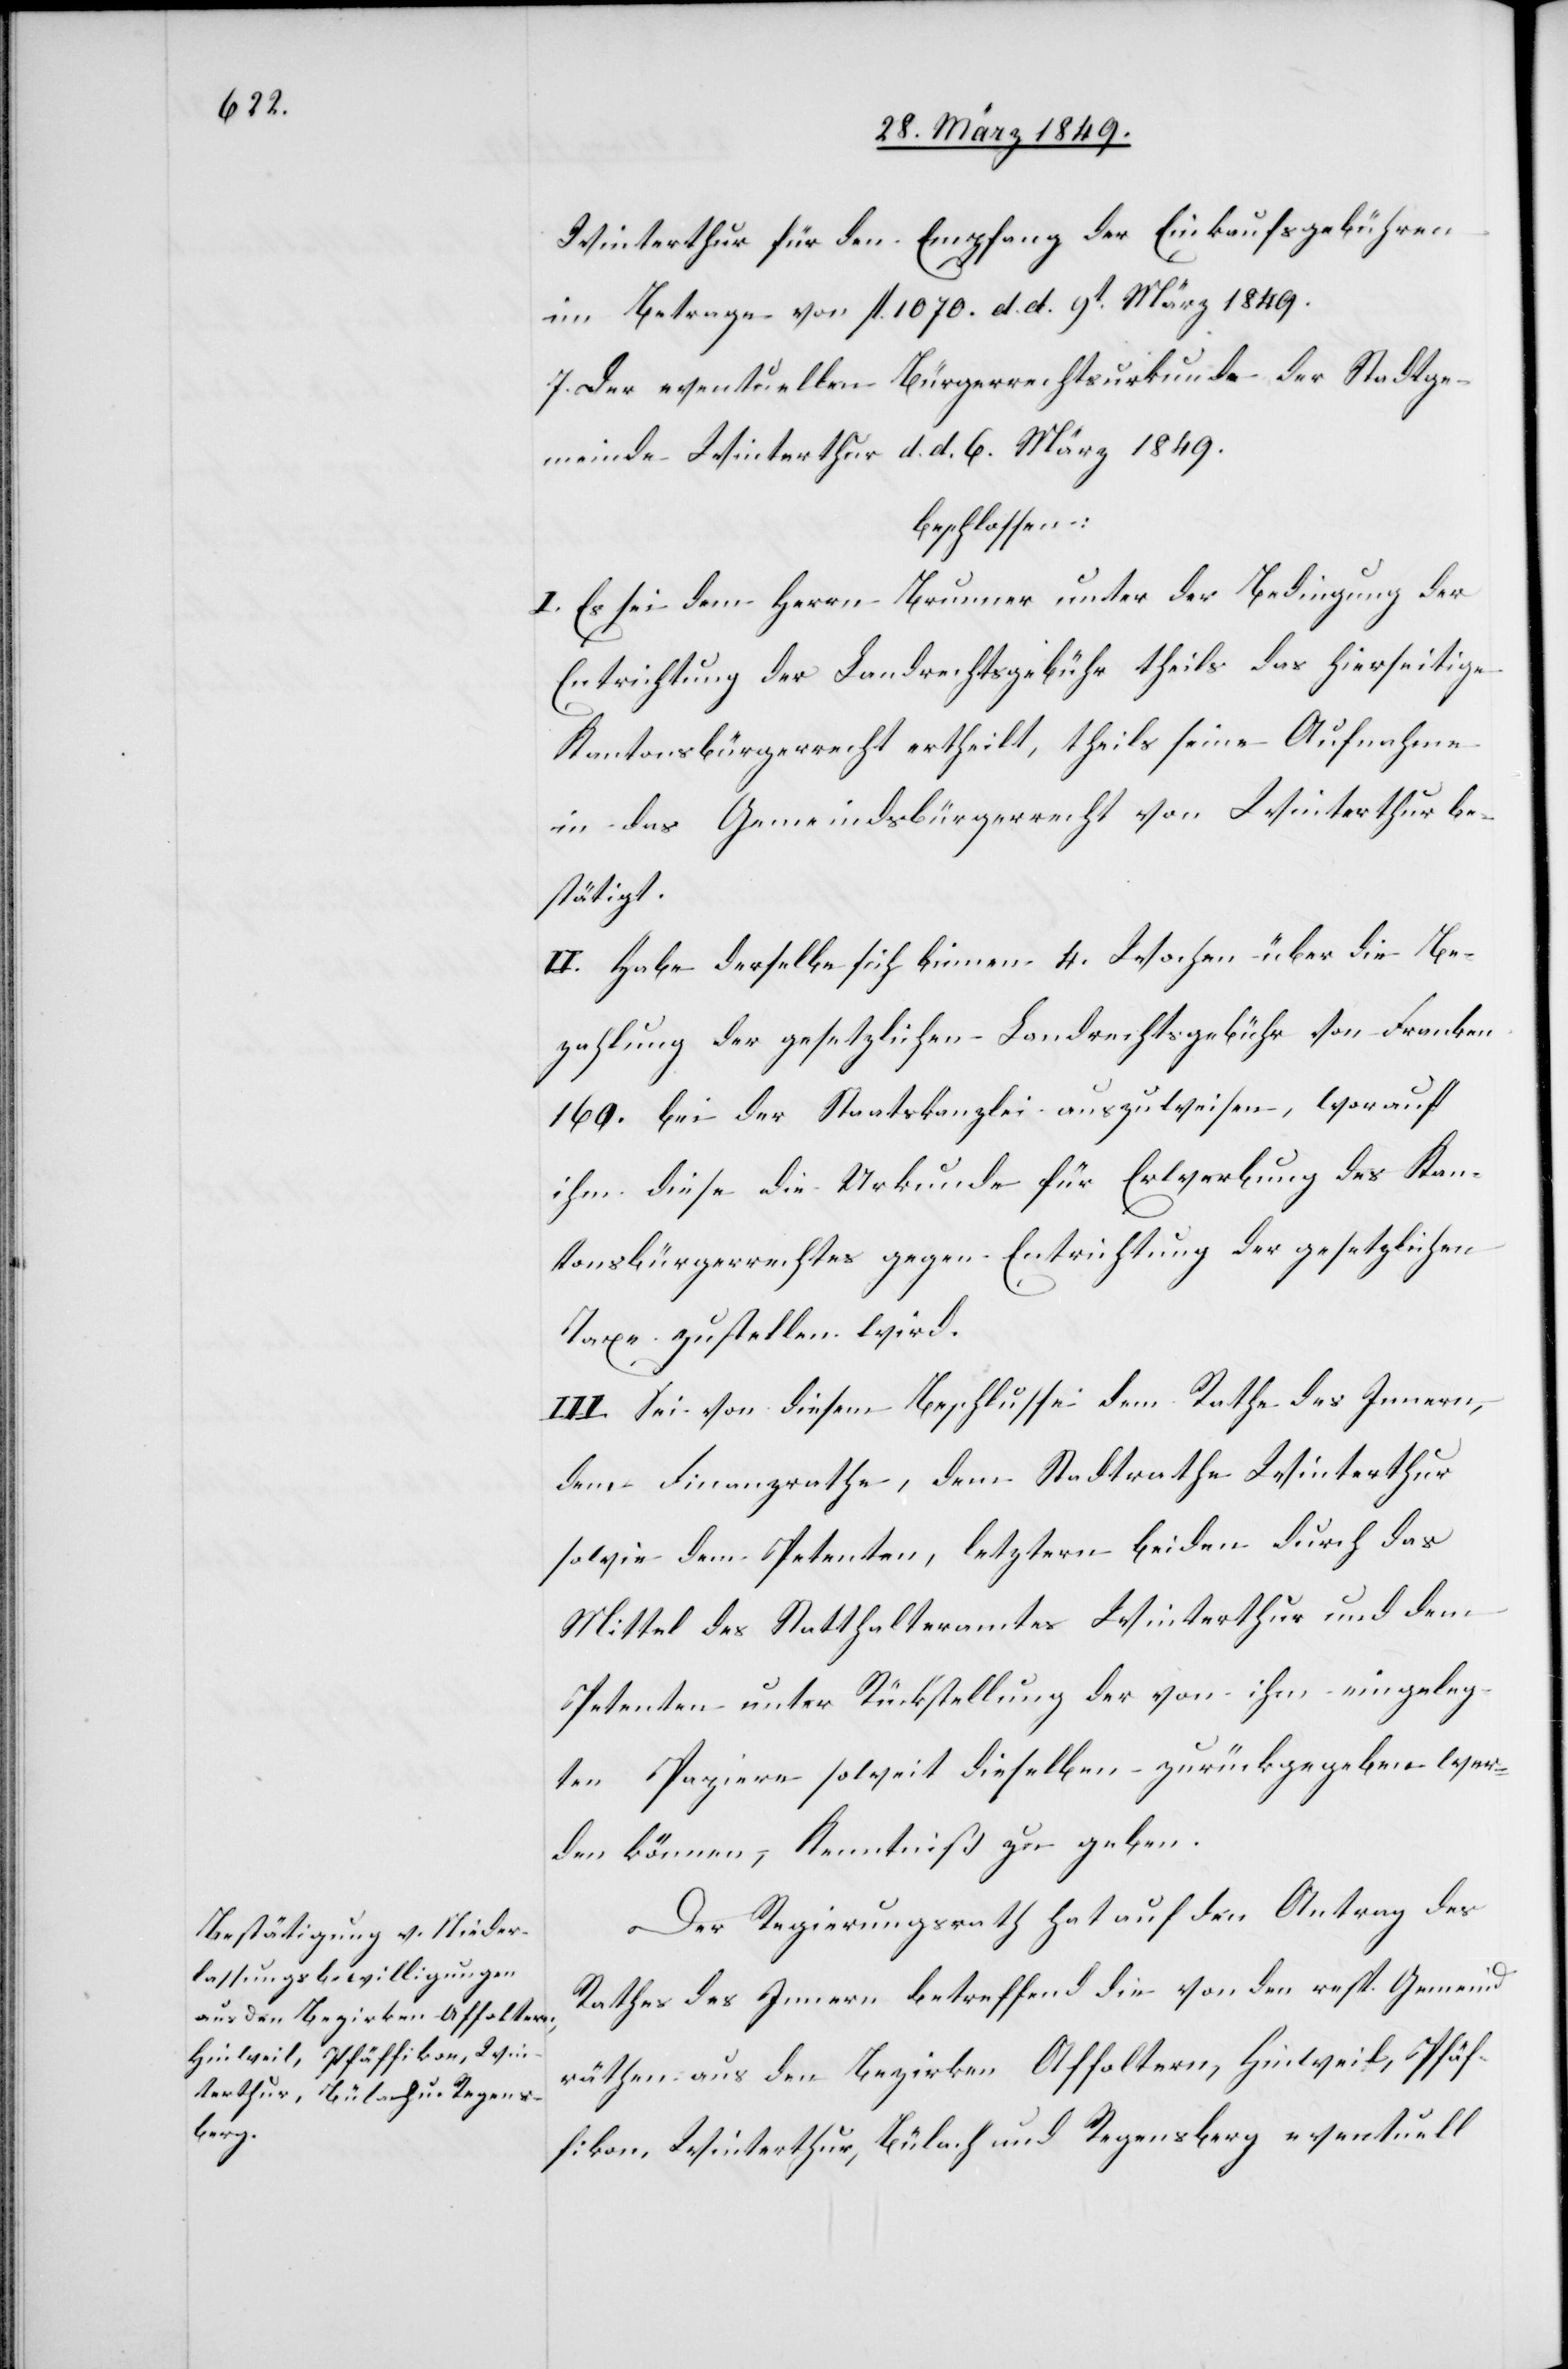
Winterthur für den Empfang der Einkaufsgebühren
im Betrage von fl. 1070. d. d. 9t. März 1849.
7. Der eventuellen Bürgerrechtsurkunde der Stadtge¬
meinde Winterthur d. d. 6. März 1849.
beschlossen:
I. Es sei dem Herrn Brunner unter der Bedingung der
Entrichtung der Landrechtsgebühr theils das hierseitige
Kantonsbürgerrecht ertheilt, theils seine Aufnahme
in das Gemeindsbürgerrecht von Winterthur be¬
stätigt.
II. Habe derselbe sich binnen 4. Wochen über die Be¬
zahlung der gesetzlichen Landrechtsgebühr von Franken
160. bei der Staatskanzlei auszuweisen, worauf
ihm diese die Urkunde für Erwerbung des Kan¬
tonsbürgerrechtes gegen Entrichtung der gesetzlichen
Taxe zustellen wird.
III. Sei von diesem Beschlusse dem Rathe des Innern,
dem Finanzrathe, dem Stadtrathe Winterthur
sowie dem Petenten, letztern beiden durch das
Mittel des Statthalteramtes Winterthur und dem
Petenten unter Rückstellung der von ihm eingeleg¬
ten Papiere soweit dieselben zurückgegeben wer¬
den können, Kenntniß zu geben.
Der Regierungsrath hat auf den Antrag des
Rathes des Innern betreffend die von den resp. Gemeind¬
räthen aus den Bezirken Affoltern, Hinweil, Pfäf¬
fikon, Winterthur, Bülach und Regensberg eventuell